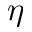
\eta